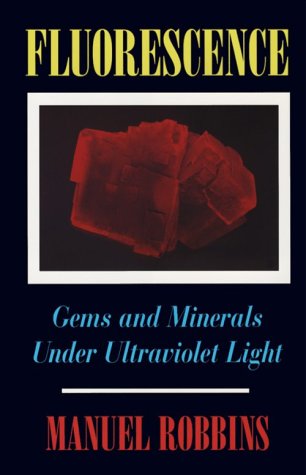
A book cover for Fluorescence: Gems and Minerals Under Ultraviolet Light; Manuel Robbins; Science & Math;